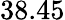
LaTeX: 38.45